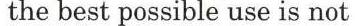
the best possible use is not